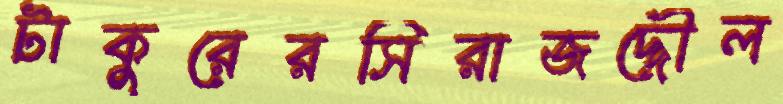
টাকুরেরসিরাজদ্দৌল